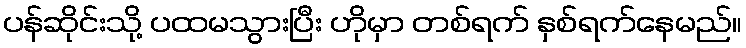
ပန်ဆိုင်းသို့ ပထမသွားပြီး ဟိုမှာ တစ်ရက် နှစ်ရက်နေမည်။